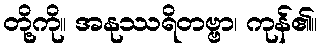
တို့ကို။ အနုဿရိတဗ္ဗာ၊ ကုန်၏။